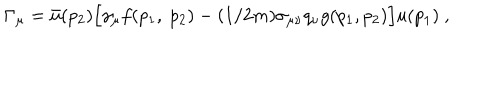
LaTeX: \Gamma _ { \mu } = \bar { u } ( p _ { 2 } ) \Big [ \gamma _ { \mu } f ( p _ { 1 } , ~ p _ { 2 } ) - ( 1 / 2 m ) \sigma _ { \mu \nu } q _ { \nu } g ( p _ { 1 } , p _ { 2 } ) \Big ] u ( p _ { 1 } ) ~ ,